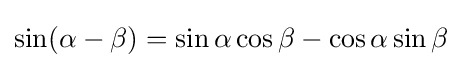
\sin(\alpha -\beta )=\sin \alpha \cos \beta -\cos \alpha \sin \beta